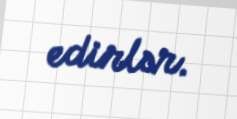
edirlər.